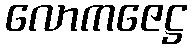
လောကဇေဋ္ဌ